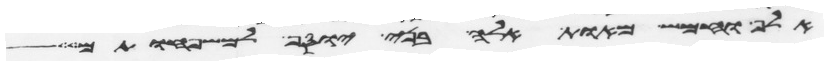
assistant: אלף וחמש מאות אלה בני יוסף למשפחותם